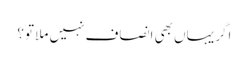
اگر یہاں بھی انصاف نہیں ملا تو؟